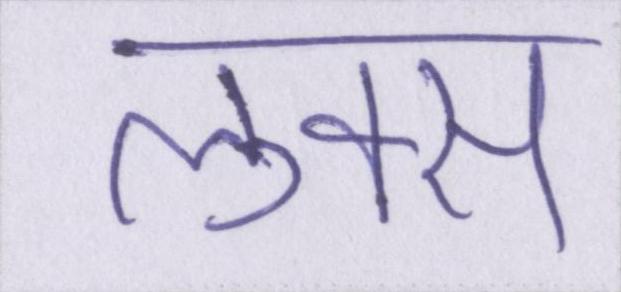
लुक्स